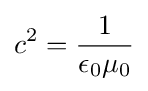
c^{2}={\frac {1}{\epsilon _{0}\mu _{0}}}